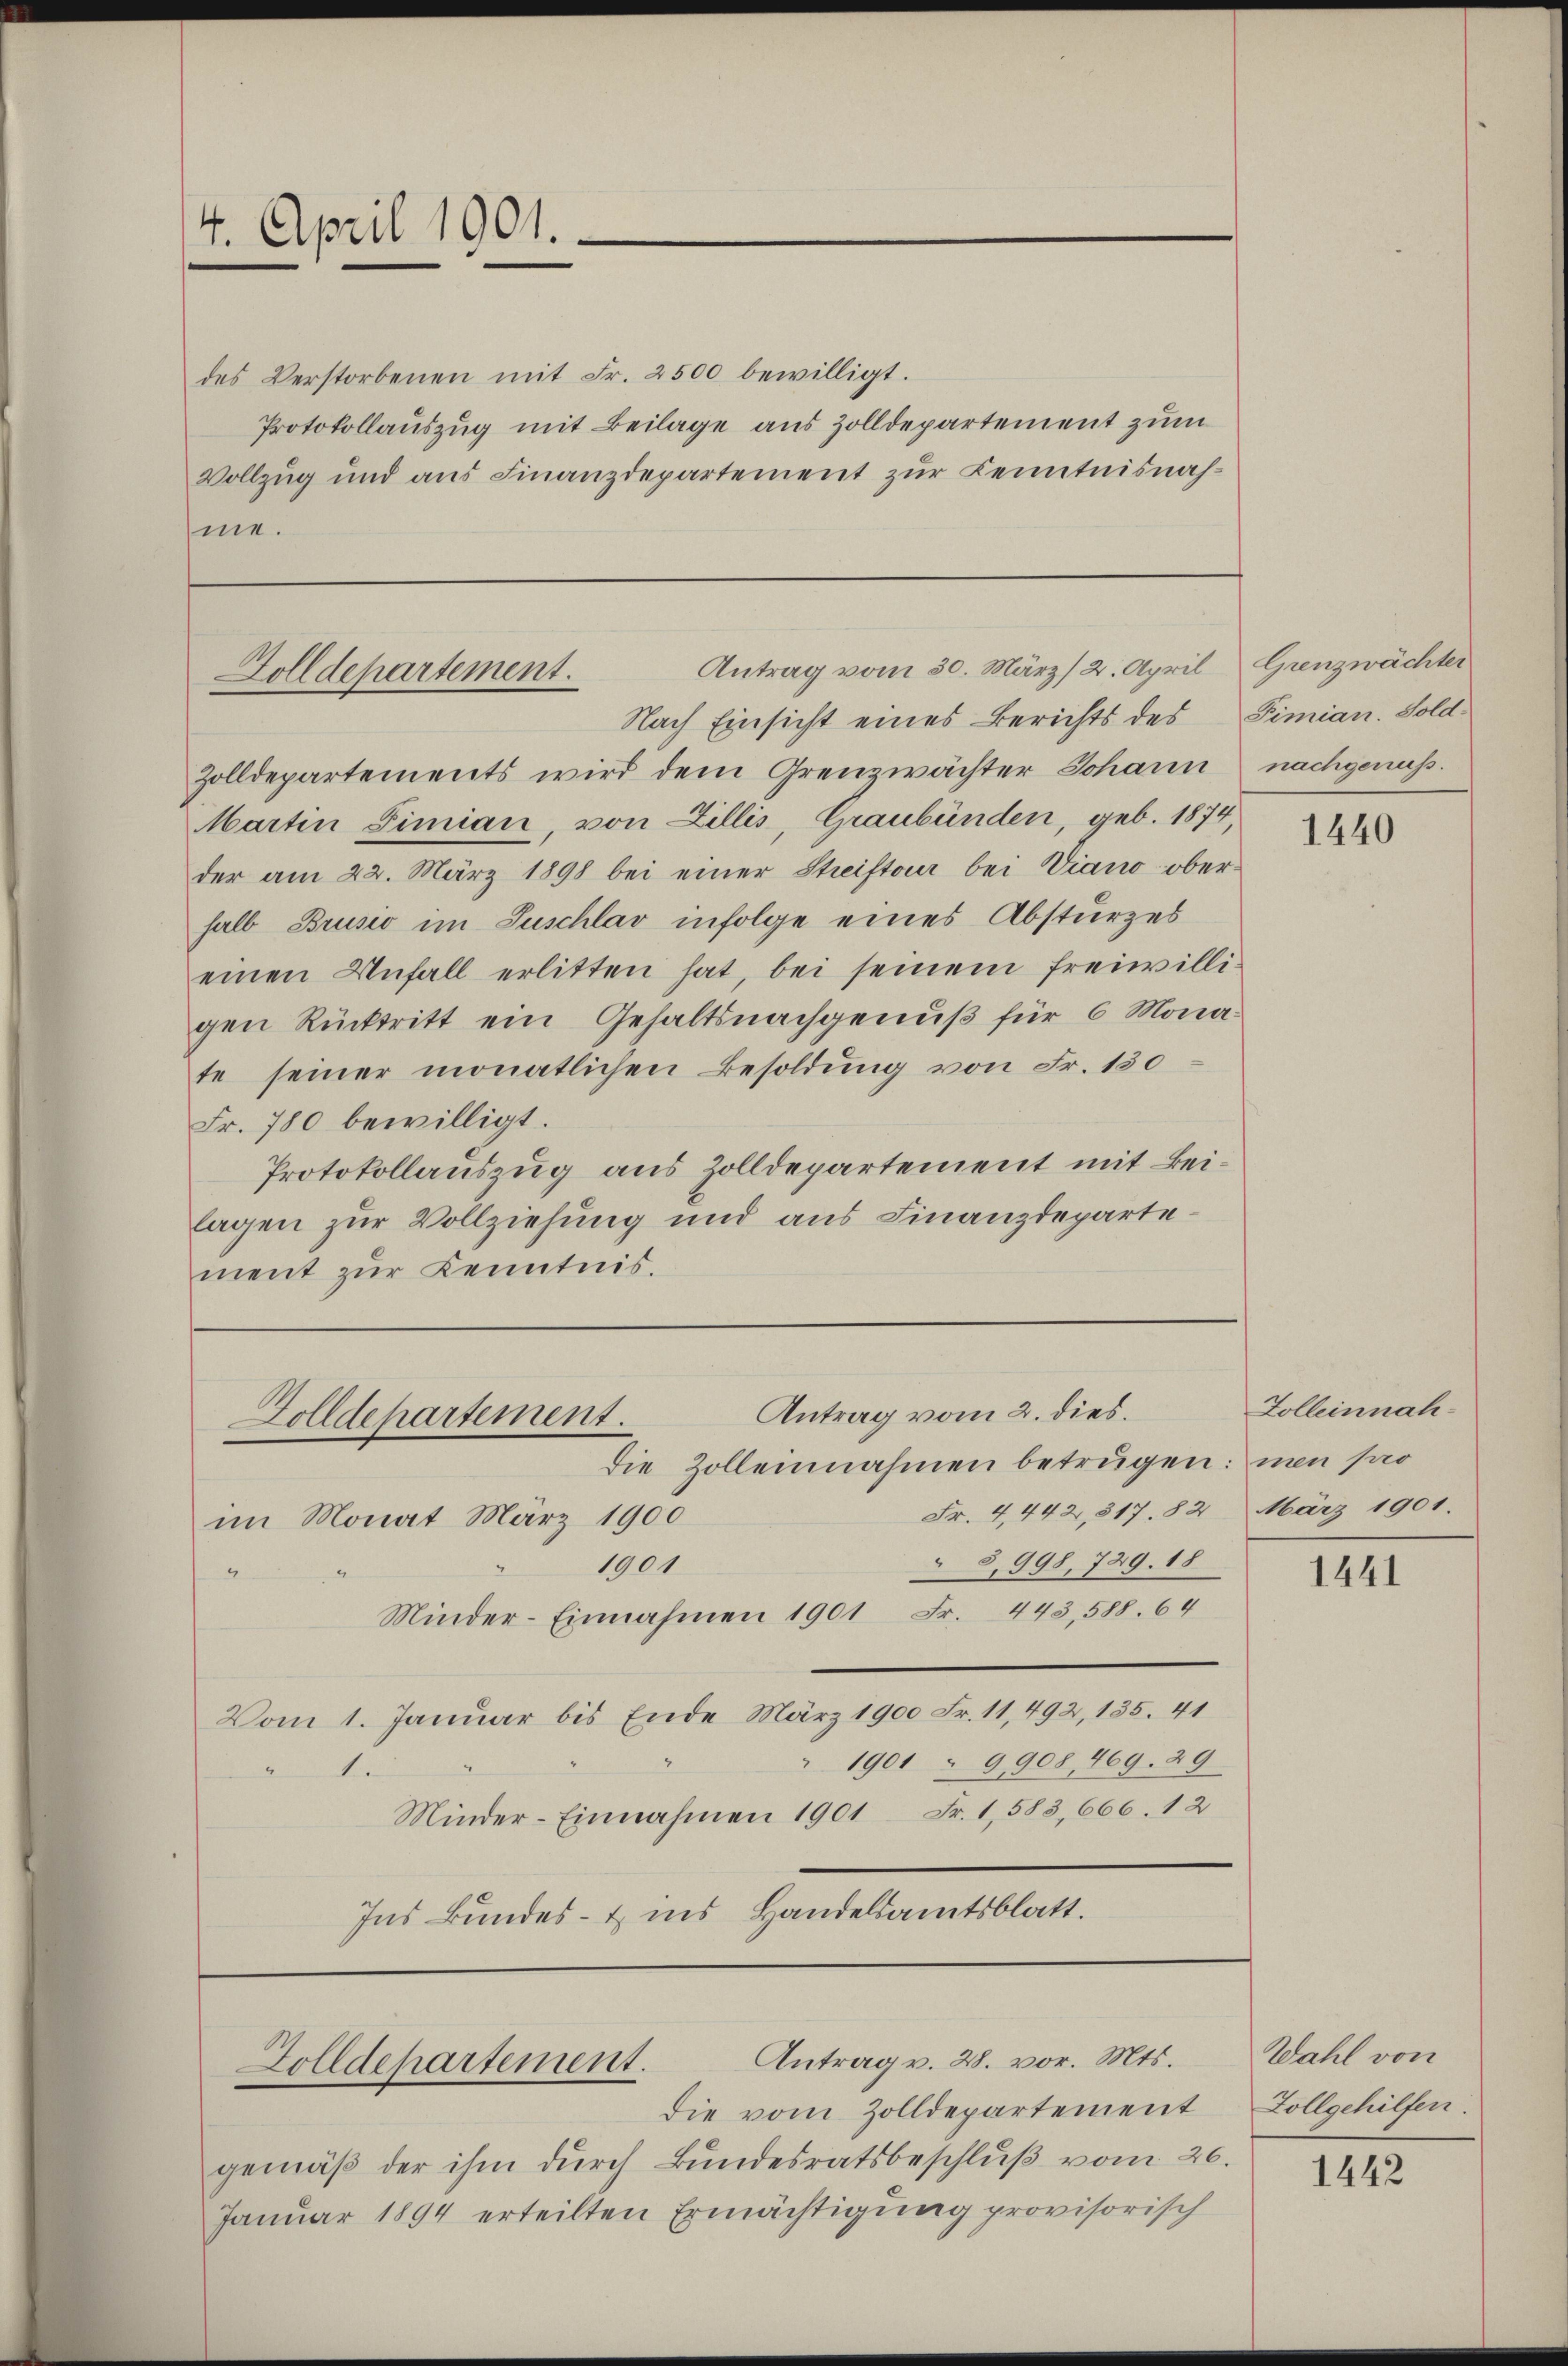
4. April 1901.

des Verstorbenen mit Fr. 2500 bewilligt.
Protokollauszug mit Beilage aus Zolldepartement zum
Vollzug und aus Finanzdepartement zur Kenntnisnahme.

Antrag vom 30. März/ 2. April
Dolldepartement.

Nach Einsicht eines Berichts des Timian. Sold¬
Zolldepartements wird dem Grenzwächter Johann
Martin Limian, von Zillis, Graubünden, geb. 1874,
der am 22. März 1898 bei einer Streiftour bei Viano ober-
halb Brusio im Zuschlav infolge eines Absturzes
einen Unfall erlitten hat, bei seinem freiwilligen Rücktritt ein Gehaltsnachgenuß für 6 Monate seiner monatlichen Besoldung von Fr. 130
Fr. 780 bewilligt.
Protokollauszug aus Zolldepartement mit Beilagen zur Vollziehung und aus Finanzdeparte.
ment zur Kenntnis.

Antrag vom 2. dies.
Golldepartement.
Die Zolleinnahmen betrügen: nen po

Fr. 4, 442,817. 82 März 1901.
im Monat März 1900
8,998, 729. 18
1901
4
Minder-Einnahmen 1901 Fr. 443. 588. 64
Vom 1. Januar bis Ende März 1900 Fr. 11, 492, 135. 41
1901 " 9908, 469. 29
.
Minder-Einnahmen 1901 Fr. 1583, 666. 12
Ins Bundes- & ins Handelsamtsblatt.

Antrag v. 28. vor. Mts.
Zolldepartement.

die vom Zolldepartement
gemäß der ihm durch Bundesratsbeschluß vom 20.
Januar 1894 erteilten Ermächtigung provisorisch

Grenzwächter
nachgenuss.

1440

Zolleinnah¬

1441

Wahl von
Zollgehilfen.

1442